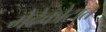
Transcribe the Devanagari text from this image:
मेढेकोटात